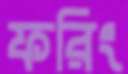
ফরিং